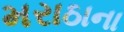
મરાઠાના